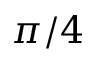
\pi / 4